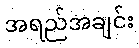
အရည်အချင်း